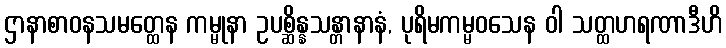
ဌာနာစာဝနသမတ္ထေန ကမ္မုနာ ဥပစ္ဆိန္နသန္တာနာနံ, ပုရိမကမ္မဝသေန ဝါ သတ္ထဟရဏာဒီဟိ